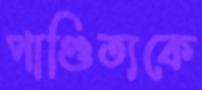
পাণ্ডিত্যকে